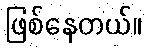
ဖြစ်နေတယ်။